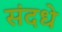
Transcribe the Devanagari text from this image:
संदधे